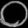
Digit: ၀